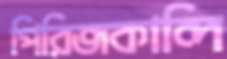
পিরিজকান্দি